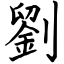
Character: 劉